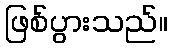
ဖြစ်ပွားသည်။